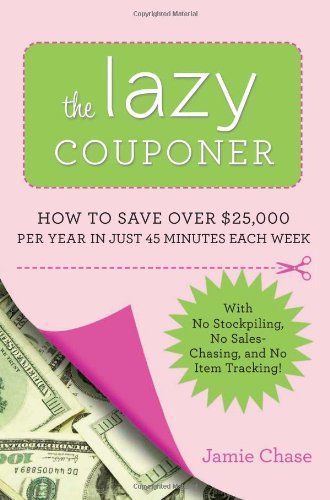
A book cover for The Lazy Couponer: How to Save $25,000 Per Year in Just 45 Minutes Per Week with No Stockpiling, No Item Tracking, and No Sales Chasing!; Jamie Chase; Reference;